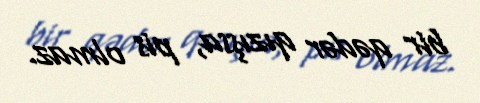
bir qədər qızışsa, pis olmaz.